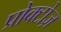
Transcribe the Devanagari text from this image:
प्रोक्टोज़